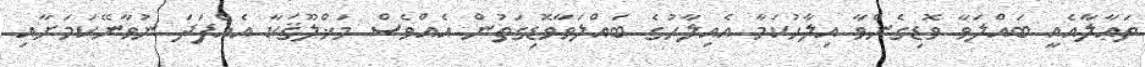
ތަޢާލާއެއީ ބައްލަވާ ވޮޑިގެންވާ އިލާހުކަމާ އެއިލާހުގެ ބައްލަވާވޮޑިގަތުން އެއްވެސް މަޚްލޫޤަކާ އެއްފަދަ ނުވާނޭކަމަށާއި